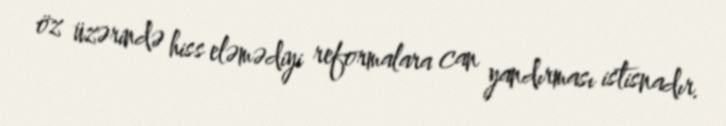
öz üzərində hiss eləmədiyi reformalara can yandırması istisnadır.